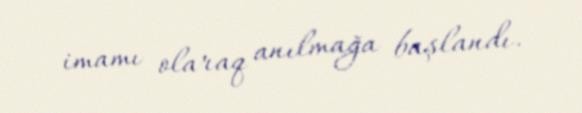
imamı olaraq anılmağa başlandı.